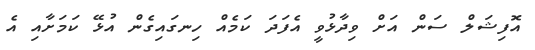
އޮފިޝަލް ސަން އަށް ވިދާޅުވީ އެފަދަ ކަމެއް ހިނގައިގެން އުޅޭ ކަމަށާއި އެ